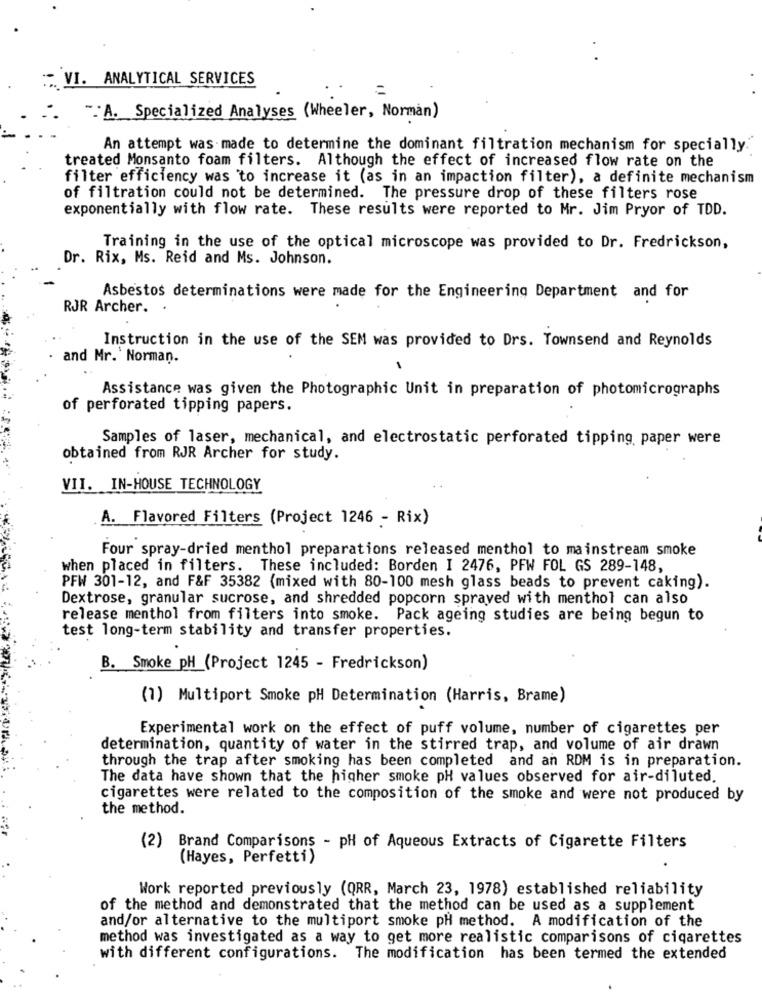
. VI. ANALYTICAL SERVICES
"A. Specialized Analyses (Wheeler, Norman)
An attempt was made to determine the dominant filtration mechanism for specially
treated Monsanto foam filters. Although the effect of increased flow rate on the
filter efficiency was to increase it (as in an impaction filter), a definite mechanism
of filtration could not be determined. The pressure drop of these filters rose
exponentially with flow rate. These results were reported to Mr. Jim Pryor of TDD.
Training in the use of the optical microscope was provided to Dr. Fredrickson,
Dr. Rix, Ms. Reid and Ms. Johnson.
Asbestos determinations were made for the Engineering Department and for
RJR Archer.
Instruction in the use of the SEM was provided to Drs. Townsend and Reynolds
and Mr. Norman.
Assistance was given the Photographic Unit in preparation of photomicrographs
of perforated tipping papers.
Samples of laser, mechanical, and electrostatic perforated tipping paper were
obtained from RJR Archer for study.
VII. IN-HOUSE TECHNOLOGY
A. Flavored Filters (Project 1246 - Rix)
Four spray-dried menthol preparations released menthol to mainstream smoke
when placed in filters. These included: Borden I 2476, PFW FOL GS 289-148,
PFW 301-12, and F&F 35382 (mixed with 80-100 mesh glass beads to prevent caking).
Dextrose, granular sucrose, and shredded popcorn sprayed with menthol can also
release menthol from filters into smoke. Pack ageing studies are being begun to
test long-term stability and transfer properties.
B. Smoke pH (Project 1245 - Fredrickson)
(1) Multiport Smoke pH Determination (Harris, Brame)
Experimental work on the effect of puff volume, number of cigarettes per
determination, quantity of water in the stirred trap, and volume of air drawn
through the trap after smoking has been completed and an RDM is in preparation.
The data have shown that the higher smoke pH values observed for air-diluted.
cigarettes were related to the composition of the smoke and were not produced by
the method.
(2) Brand Comparisons - pH of Aqueous Extracts of Cigarette Filters
(Hayes, Perfetti)
Work reported previously (QRR, March 23, 1978) established reliability
of the method and demonstrated that the method can be used as a supplement
and/or alternative to the multiport smoke pH method. A modification of the
method was investigated as a way to get more realistic comparisons of cigarettes
with different configurations. The modification has been termed the extended